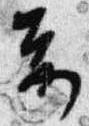
前